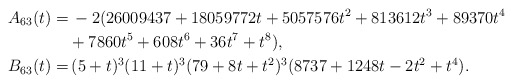
\begin{align*}A_{63}(t)=& \, -2 (26009437 + 18059772 t + 5057576 t^2 + 813612 t^3 + 89370 t^4\\& + 7860 t^5 + 608 t^6 + 36 t^7 + t^8), \\B_{63}(t)=& \, (5 + t)^3 (11 + t)^3 (79 + 8 t + t^2)^3 (8737 + 1248 t - 2 t^2 + t^4).\end{align*}